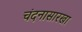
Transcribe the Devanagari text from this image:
चंदनासारखा